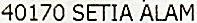
40170 SETIA ALAM